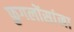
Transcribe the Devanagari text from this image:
फुगलोंसांना